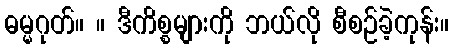
ဓမ္မဂုတ်။ ။ ဒီကိစ္စများကို ဘယ်လို စီစဉ်ခဲ့ကုန်း။